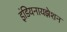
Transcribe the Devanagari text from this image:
इंडियनायझेशन